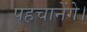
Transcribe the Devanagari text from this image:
पहचानेंगे।